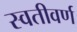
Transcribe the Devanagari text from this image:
स्वतीवर्ण